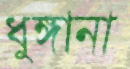
ধুঙ্গানা